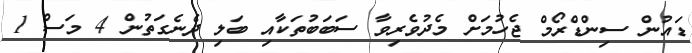
ޑައުން ސިންޑްރޯމް ޖެހުމަށް މެދުވެރިވާ ސަބަބުތަކާއި ބަލި ދެނެގަތުން 4 މަސް 1